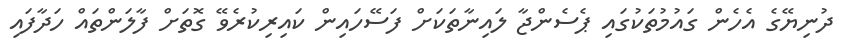
ދުނިޔޭގެ އެހެން ގައުމުތަކުގައި ޕެސެންޖާ ލައިނާތަކަށް ފަސޭހައިން ކައިރިކުރެވޭ ގޮތަށް ފާލަންތައް ހަދާފައި